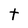
Character: t